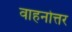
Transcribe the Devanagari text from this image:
वाहनोत्तर